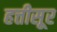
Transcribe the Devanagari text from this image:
हत्तीसूर